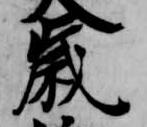
歳